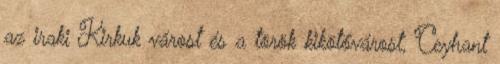
az iraki Kirkuk várost és a török kikötővárost, Ceyhant